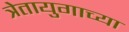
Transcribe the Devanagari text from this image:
त्रेतायुगाच्या